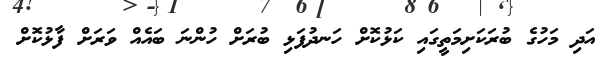
އަދި މަހުގެ ބުރަކަށިމަތީގައި ކަޅުކޮށް ހަނދުފަޅި ބުރަށް ހުންނަ ބައެއް ވަރަށް ފާޅުކޮށް